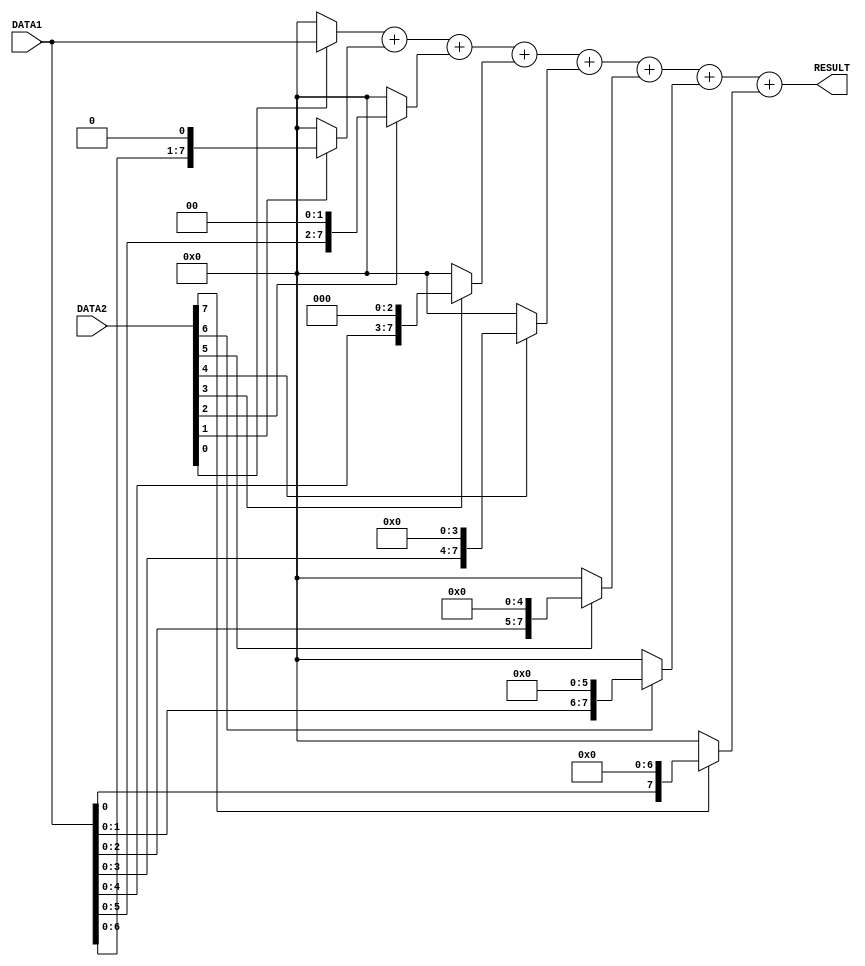
/*
Author - W M D U Thilakarathna
Reg No - E/16/366
*/

module multiplier(DATA1, DATA2, RESULT);

input [7:0] DATA1, DATA2; //declare inputs
output reg [7:0] RESULT;      //declare outputs

wire [7:0] SHIFT0, SHIFT1, SHIFT2, SHIFT3, SHIFT4, SHIFT5, SHIFT6, SHIFT7; //intermediate wires to hold the values of the shifts
reg [7:0] RES0, RES1, RES2, RES3, RES4, RES5, RES6, RES7; //registers to hold the values of shifts needed to take the multiplication result

assign SHIFT0 = {DATA1[7], DATA1[6], DATA1[5], DATA1[4], DATA1[3], DATA1[2], DATA1[1], DATA1[1'b0]};
assign SHIFT1 = {DATA1[6], DATA1[5], DATA1[4], DATA1[3], DATA1[2], DATA1[1], DATA1[1'b0], 1'b0};
assign SHIFT2 = {DATA1[5], DATA1[4], DATA1[3], DATA1[2], DATA1[1], DATA1[1'b0], 1'b0, 1'b0};
assign SHIFT3 = {DATA1[4], DATA1[3], DATA1[2], DATA1[1], DATA1[0], 1'b0, 1'b0, 1'b0};
assign SHIFT4 = {DATA1[3], DATA1[2], DATA1[1], DATA1[0], 1'b0, 1'b0, 1'b0, 1'b0};
assign SHIFT5 = {DATA1[2], DATA1[1], DATA1[0], 1'b0, 1'b0, 1'b0, 1'b0, 1'b0};
assign SHIFT6 = {DATA1[1], DATA1[0], 1'b0, 1'b0, 1'b0, 1'b0, 1'b0, 1'b0};
assign SHIFT7 = {DATA1[0], 1'b0, 1'b0, 1'b0, 1'b0, 1'b0, 1'b0, 1'b0};

always @(*) //this block is used to deter mine whether which set of shifts needed to be added.
begin  // for this we can also use a multiplexer unit
  if (DATA2[0]) 
    RES0 = SHIFT0;
  else 
    RES0 = 8'd0;

  if (DATA2[1]) 
    RES1 = SHIFT1;
  else 
    RES1 = 8'd0;

  if (DATA2[2]) 
    RES2 = SHIFT2;
  else 
    RES2 = 8'd0;

  if (DATA2[3]) 
    RES3 = SHIFT3;
  else 
    RES3 = 8'd0;

  if (DATA2[4]) 
    RES4 = SHIFT4;
  else 
    RES4 = 8'd0;

  if (DATA2[5]) 
    RES5 = SHIFT5;
  else 
    RES5 = 8'd0;

  if (DATA2[6]) 
    RES6 = SHIFT6;
  else 
    RES6 = 8'd0;

  if (DATA2[7]) 
    RES7 = SHIFT7;
  else 
    RES7 = 8'd0;
end

always @ (*) #6 RESULT = RES0 + RES1 + RES2 + RES3 + RES4 + RES5 + RES6 + RES7; //add the final result

endmodule